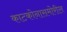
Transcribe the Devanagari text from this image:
काटकोनासमोरील